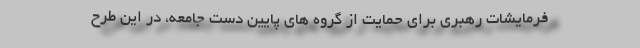
فرمایشات رهبری برای حمایت از گروه های پایین دست جامعه، در این طرح